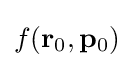
f(\mathbf {r} _{0},\mathbf {p} _{0})